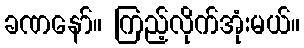
ခဏနော်။ ကြည့်လိုက်အုံးမယ်။